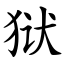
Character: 狱